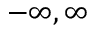
- \infty , \infty